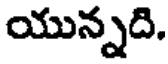
యున్నది.